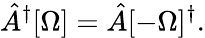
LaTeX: \hat{A}^{\dagger}[\Omega]=\hat{A}[-\Omega]^{\dagger}.